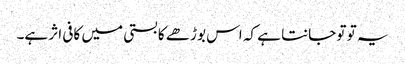
یہ تو تو جانتا ہے کہ اس بوڑھے کا بستی میں کافی اثر ہے۔